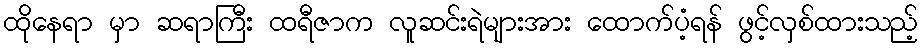
ထိုနေရာ မှာ ဆရာကြီး ထရီဇာက လူဆင်းရဲများအား ထောက်ပံ့ရန် ဖွင့်လှစ်ထားသည့်